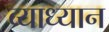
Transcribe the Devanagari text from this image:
व्याध्यान